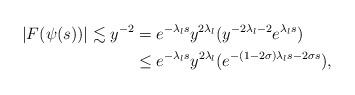
LaTeX: \begin{align*} |F(\psi( s))|\lesssim y^{-2} &= e^{-\lambda_l s}y^{2\lambda_{l}}(y^{-2\lambda_{l}-2}e^{\lambda_l s})\\ &\le e^{-\lambda_l s}y^{2\lambda_{l}}(e^{-(1-2\sigma)\lambda_{l} s-2\sigma s}), \end{align*}